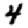
Digit: 4